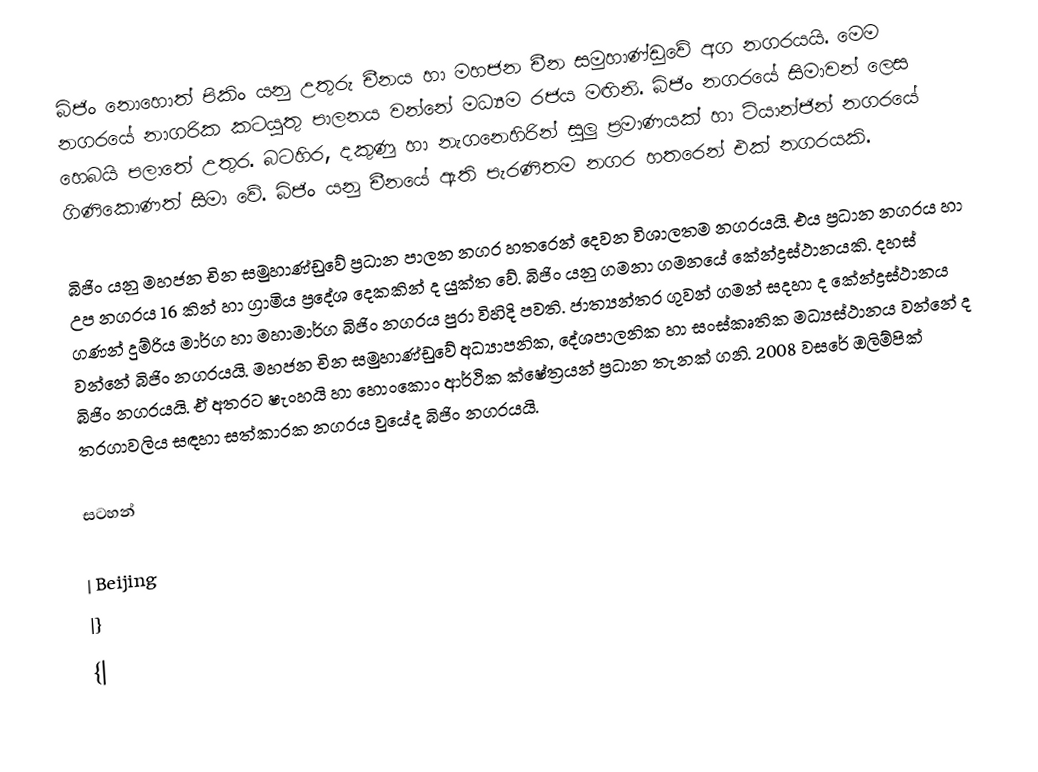
බිජිං නොහොත් පිකිං යනු උතුරු චීනය හා මහජන චීන සමුහාණ්ඩුවේ අග නගරයයි. මෙම නගරයේ නාගරික කටයුතු පාලනය වන්නේ මධ්‍යම රජය මඟිනි. බිජිං නගරයේ සිමාවන් ලෙස හෙබයි පලාතේ උතුර. බටහිර, දකුණු හා නැගනෙහිරින් සුලු ප්‍රමාණයක් හා ටියාන්ජින් නගරයේ ගිණිකොණත් සිමා වේ. බිජිං යනු චීනයේ ඇති පැරණිතම නගර හතරෙන් එක් නගරයකි.

බිජිං යනු මහජන චින සමුහාණ්ඩුවේ ප්‍රධාන පාලන නගර හතරෙන් දෙවන විශාලතම නගරයයි. එය ප්‍රධාන නගරය හා උප නගරය 16 කින් හා ග්‍රාමිය ප්‍රදේශ දෙකකින් ද යුක්ත වේ. බිජිං යනු ගමනා ගමනයේ කේන්ද්‍රස්ථානයකි. දහස් ගණන් දුම්රිය මාර්ග හා මහාමාර්ග බිජිං නගරය පුරා විහිදි පවති. ජාත්‍යන්තර ගුවන් ගමන් සදහා ද කේන්ද්‍රස්ථානය වන්නේ බිජිං නගරයයි. මහජන චින සමුහාණ්ඩුවේ අධ්‍යාපනික, දේශපාලනික හා සංස්කෘතික මධ්‍යස්ථානය වන්නේ ද බිජිං නගරයයි. ඒ අතරට ෂැංහයි හා හොංකොං ආර්ථික ක්ෂේත්‍රයන් ප්‍රධාන තැනක් ගනි. 2008 වසරේ ඔලිම්පික් තරගාවලිය සඳහා සත්කාරක නගරය වුයේද බිජිං නගරයයි.

සටහන්

| Beijing
|}
{|